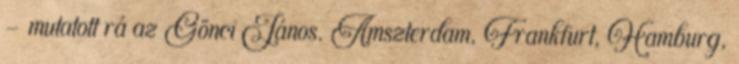
- mutatott rá az Gönci János. Amszterdam, Frankfurt, Hamburg,